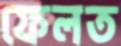
ফেলত